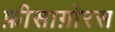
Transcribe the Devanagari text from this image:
फ़ीसाग़ोरस